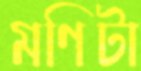
মণিটা